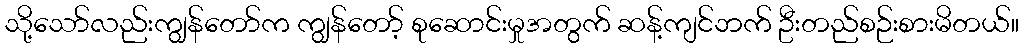
သို့သော်လည်းကျွန်တော်က ကျွန်တော့် စုဆောင်းမှုအတွက် ဆန့်ကျင်ဘက် ဦးတည်စဉ်းစားမိတယ်။